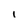
Character: i